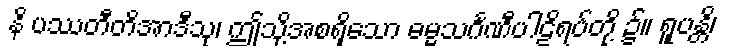
နိ ပဿတီတိအာဒီသု၊ ဤသို့အစရှိသော ဓမ္မသင်္ဂဏီပါဠိရပ်တို့ ၌။ ရူပန္တိ၊